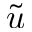
\tilde { u }